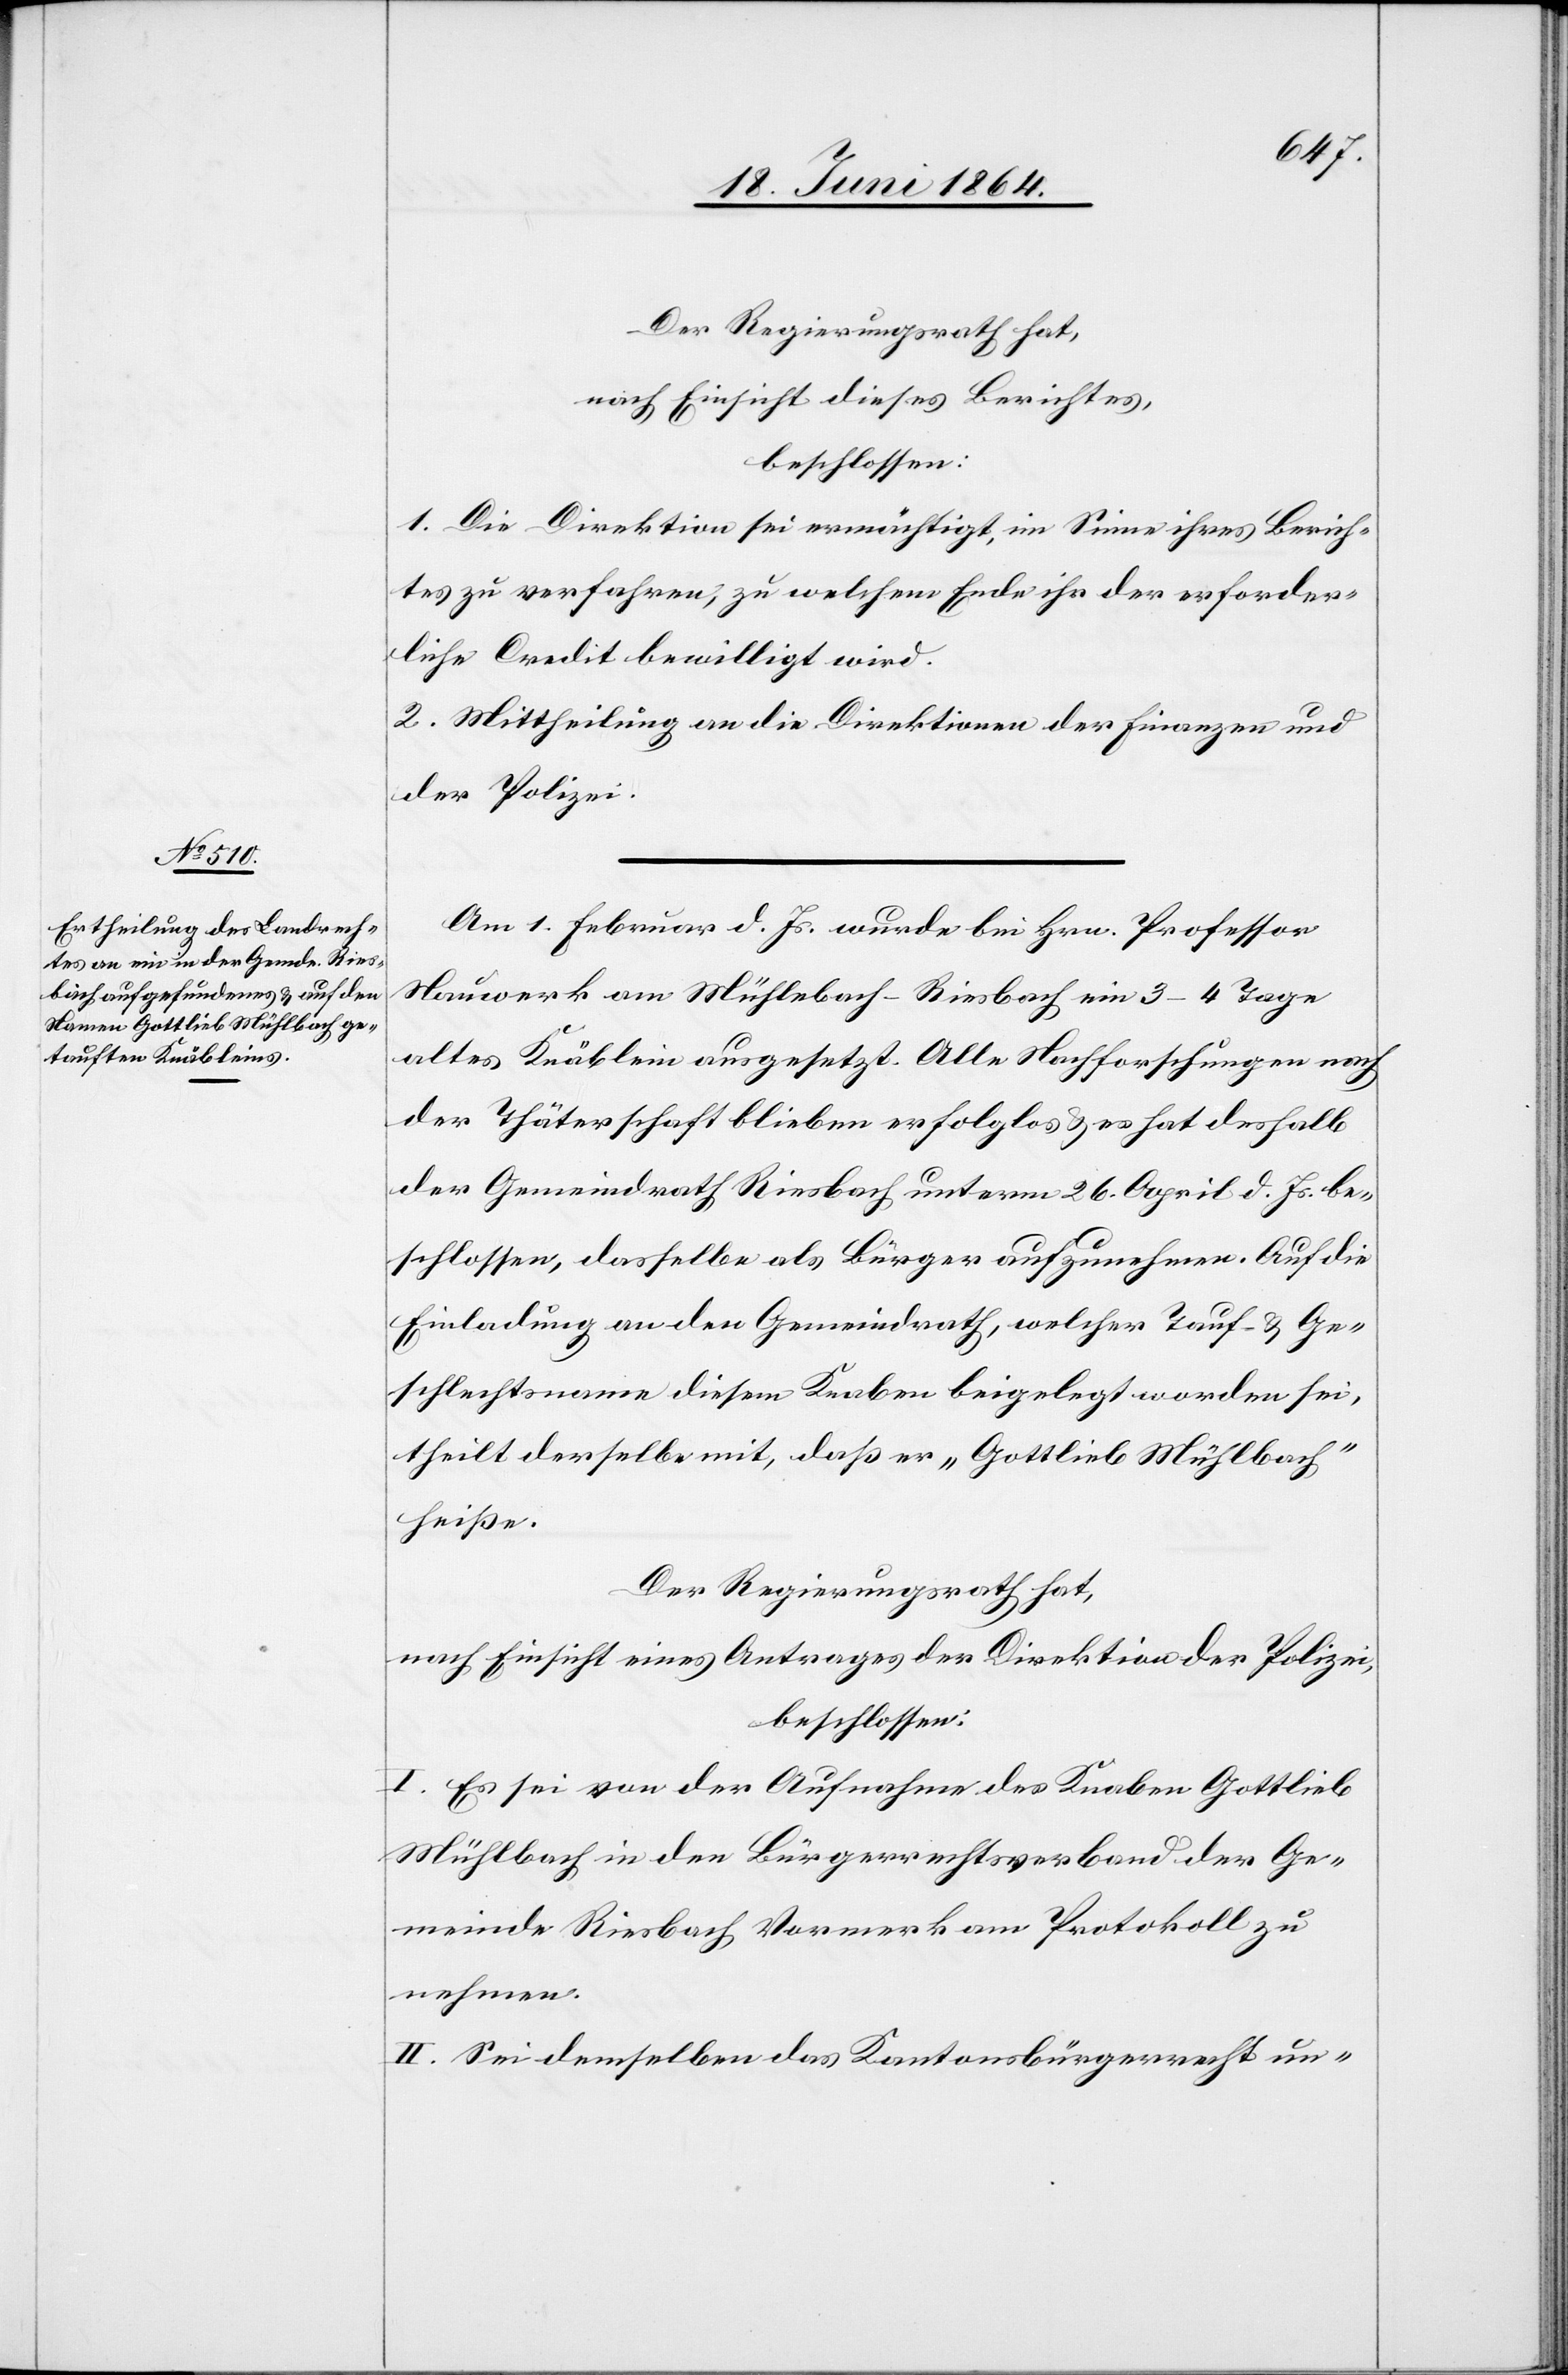
Der Regierungsrath hat,
nach Einsicht dieses Berichtes,
beschlossen:
1. Die Direktion sei ermächtigt, im Sinne ihres Berich¬
tes zu verfahren, zu welchem Ende ihr der erforder¬
liche Credit bewilligt wird.
2. Mittheilung an die Direktionen der Finanzen und
der Polizei.
Am 1. Februar d. Js. wurde bei Hrn. Professor
Nauwerk am Mühlebach–Riesbach ein 3-4 Tage
altes Knäblein ausgesetzt. Alle Nachforschungen nach
der Thäterschaft blieben erfolglos u. es hat deshalb
der Gemeindrath Riesbach unterm 26. April d. Js. be¬
schlossen, dasselbe als Bürger aufzunehmen. Auf die
Einladung an den Gemeindrath, welcher Tauf- u. Ge¬
schlechtsname diesem Knaben beigelegt worden sei,
theilt derselbe mit, daß er „Gottlieb Mühlbach“
heiße.
Der Regierungsrath hat,
nach Einsicht eines Antrages der Direktion der Polizei,
beschlossen:
I. Es sei von der Aufnahme des Knaben Gottlieb
Mühlbach in den Bürgerrechtsverband der Ge¬
meinde Riesbach Vormerk am Protokoll zu
nehmen.
II. Sei demselben das Kantonsbürgerrecht un-